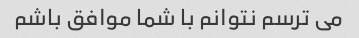
می ترسم نتوانم با شما موافق باشم